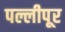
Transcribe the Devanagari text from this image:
पल्लीपूर